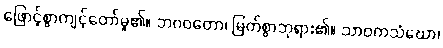
ဖြောင့်စွာကျင့်တော်မူ၏။ ဘဂဝတော၊ မြတ်စွာဘုရား၏။ သာဝကသံဃော၊